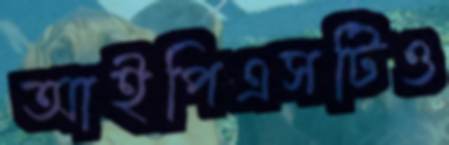
আইপিএসটিও